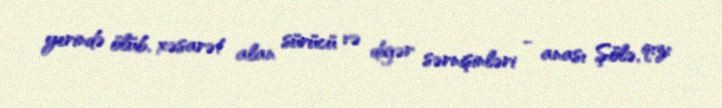
yerində ölüb, xəsarət alan sürücü və digər sərnişinləri - anası Şölə, qızı